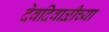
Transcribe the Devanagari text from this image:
देवदिवाळीच्या